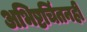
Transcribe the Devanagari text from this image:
अभिष्टचिंतनही